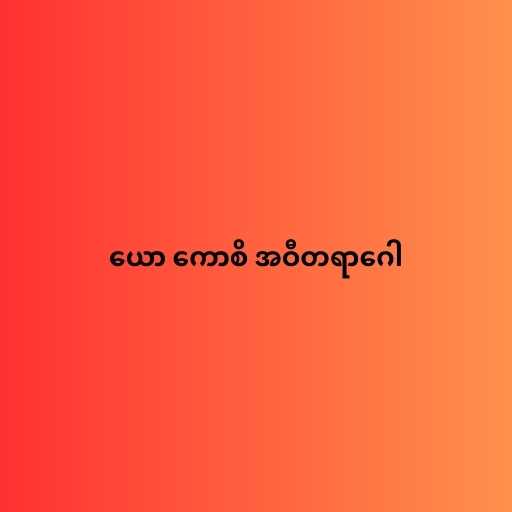
ယော ကောစိ အဝီတရာဂေါ